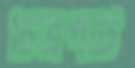
চিত্রপটে